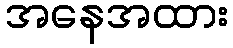
အနေအထား